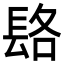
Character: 𨱴